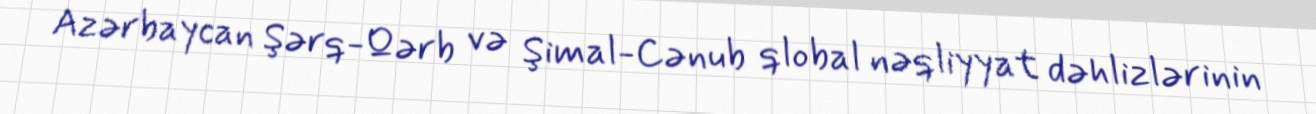
Azərbaycan Şərq-Qərb və Şimal-Cənub qlobal nəqliyyat dəhlizlərinin